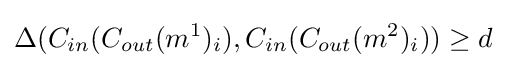
\Delta (C_{in}(C_{out}(m^{1})_{i}),C_{in}(C_{out}(m^{2})_{i}))\geq d